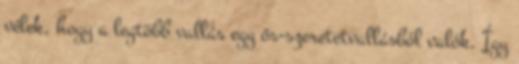
vélek, hogy a legtöbb vallás egy ős-szeretetvallásból valók. Így